Bombay plague: being a history of the progress of plague in the Bombay presidency from September 1896 to June 1899
Year: 1896
Disease focus: Plague
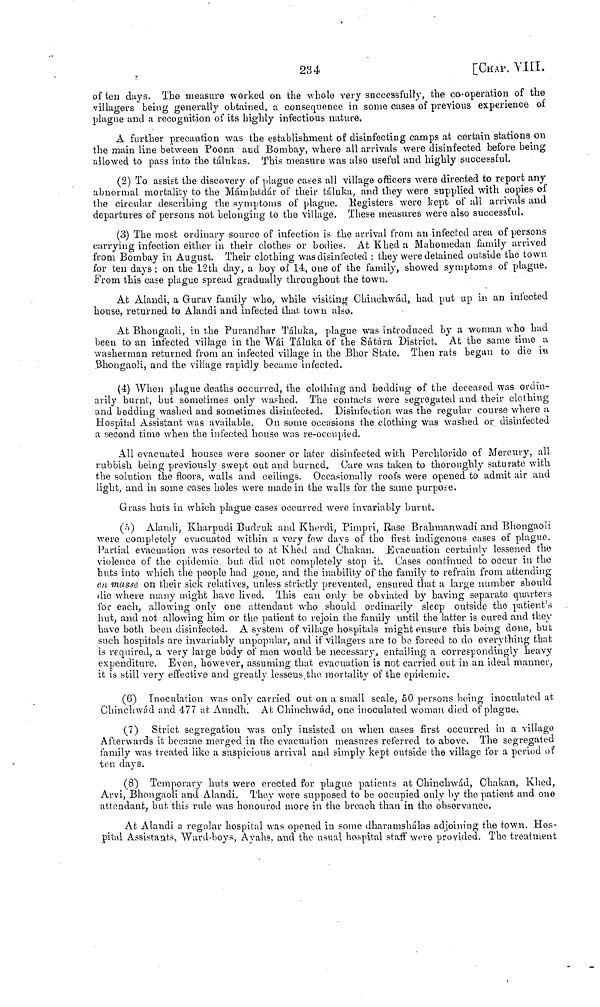
234
[CHAP. VIII.
often days. The measure worked on the whole very successfully, the co-operation of the
villagers being generally obtained, a consequence in some cases of previous experience of
plague and a recognition of its highly infectious nature.
A further precaution was the establishment of disinfecting camps at certain stations on
the main line between Poona and Bombay, where all arrivals were disinfected before being
allowed to pass into the talukas. This measure was also useful and highly successful.
(2) To assist the discovery of plague cases all village officers were directed to report any
abnormal mortality to the Mámlatdár of their táluka, and they were supplied with copies of
the circular describing the symptoms of plague. Registers were kept of all arrivals and
departures of persons not belonging to the village. These measures were also successful.
(3) The most ordinary source of infection is the arrival from an infected area of persons
carrying infection either in their clothes or bodies. At Khed a Mahomedan family arrived
from Bombay in August. Their clothing was disinfected : they were detained outside the town
for ten days ; on the 12th day, a boy of 14, one of the family, showed symptoms of plague,
From this case plague spread gradually throughout the town.
At Alandi, a Guraν family who, while visiting Chinchwád, had put up in an infected
house, returned to Alandi and infected that, town also.
At Bhongaoli, in the Purandhar Táluka, plague was introduced by a woman who had
been to an infected village in the Wài Táluka of the Sátnra District. At the same time a
washerman returned from an infected village in the Bhor State. Then rats began to die m
BhongaoH, and the village rapidly became infected.
(4) When plague deaths occurred, the clothing and bedding of the deceased was ordin-
arily burnt, but sometimes only washed. The contacis were segregated and their clothing
and bedding washed and sometimes disinfected. Disinfection was the regular course where a
Hospital Assistant was available. On some occasions the clothing was washed or disinfected
a second time when the infected house was re-occupied.
All evacuated houses were sooner or later disinfected with Perchloride of Mercury, all
rubbish being previously swept out and burned, Care was taken to thoroughly saturate with
the solution the floors, walls and ceilings. Occasionally roofs were opened to admit air and
light, and in some cases holes were made in the walls for the same purpose.
Grass huts in which plague cases occurred were invariably burnt.
(a) Alandi, Kharpudi Burlruk and Kherdi, Pimpri, Rase Brahmanwadi and Bhongaoli
were completely evacuated within a very few days of the first indigenous cases of plague.
Partial evacuation was resorted to at Khed and Chakan. Evacuation certainly lessened the
violence of the epidemic but did not completely stop it. Cases continued to occur in the
huts into which the people had gone, and the inability of the family to refrain from attending
en masse on their sick relatives, unless strictly prevented, ensured that a large number should
die where many might have lived. This can only be obviated by having separate quarters
for each, allowing only one attendant who should ordinarily sleep outside the patient's
hut, and not allowing him or the patient to rejoin the family until the latter is cured and they
have both been disinfected. A system of village hospitals might ensure this being done, but
such hospitals are invariably unpopular, and if villagers are to be forced to do everything that
is required, a very large body of men would be necessary, entailing a correspondingly heavy
expenditure. Even, however, assuming that evacuation is not carried out in an ideal manner,
it is still very effective and greatly lessens the mortality of the epidemic,
(6) Inoculation was only carried out on a small scale, 50 persons being inoculated at
Chinchwád and 477 at, Aundh. Ai Chinchwád, one inoculated woman died of plague.
(7) Strict segregation was only insisted on when cases first occurred in a village
Afterwards it became merged in the evacuation measiires referred to above. The segregated
family was treated like a suspicious arrival and simply kept outside the village for a period of
ton days.
(8) Temporary huts were erected for plague patients at Chinchwád, Chakan, Khed,
Arvi, Bhongaoli and Alandi. They wore supposed to be occupied only by the patient and one
attendant, but, this rule was honoured more in the breach than in the observance.
At Alaudi a regular hospital was opened in some dharamshalas adjoining the town. Hos-
pital Assistants, Ward-boys, Ayahs, and the usual hospital staff were provided. The treatment